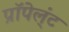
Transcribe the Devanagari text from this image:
प्रॉपेल्ंट